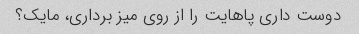
دوست داری پاهایت را از روی میز برداری، مایک؟